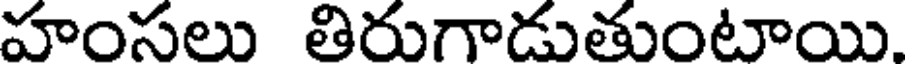
హంసలు తిరుగాడుతుంటాయి.